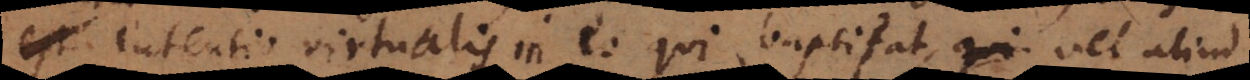
intentio virtualis in eo qui baptizat, vel aliud